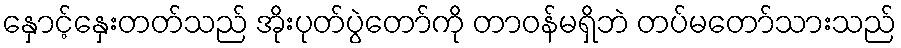
နှောင့်နှေးတတ်သည် အိုးပုတ်ပွဲတော်ကို တာဝန်မရှိဘဲ တပ်မတော်သားသည်